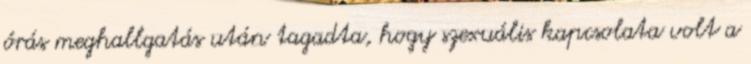
órás meghallgatás után tagadta, hogy szexuális kapcsolata volt a